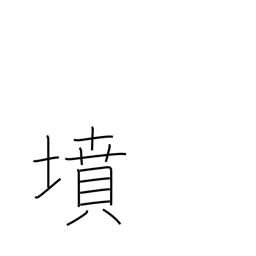
Meaning: tomb